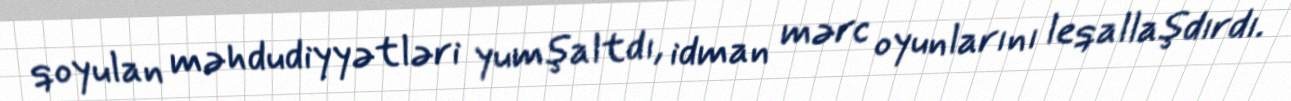
qoyulan məhdudiyyətləri yumşaltdı, idman mərc oyunlarını leqallaşdırdı.